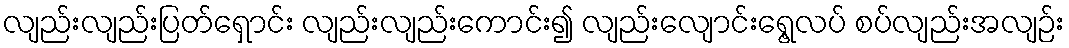
လျည်းလျည်းပြတ်ရှောင်း လျည်းလျည်းကောင်း၍ လျည်းလျောင်းရွေ့လပ် စပ်လျည်းအလျဉ်း